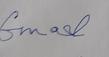
Signature authenticity: forged